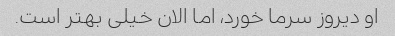
او دیروز سرما خورد، اما الان خیلی بهتر است.